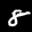
Label: 8